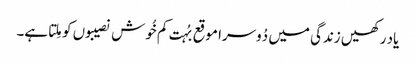
یاد رکھیں زندگی میں دُوسرا موقع بُہت کم خُوش نصیبوں کو مِلتا ہے۔